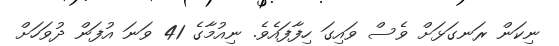
ނިކަން ރަނގަޅަށް ވެސް ވައިގަ ހިފާފައެވެ. ނިއުމާގެ 41 ވަނަ އުފަން ދުވަހަށް